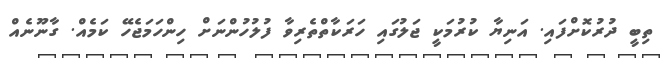
ތިބީ ދުރުކޮށްފައި. އަނިޔާ ކުރުމަކީ ޖަލުގައި ހަރަކާތްތެރިވާ ފުލުހުންނަށް ހިންހަމަޖެހޭ ކަމެއް. ގާނޫނެއް